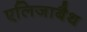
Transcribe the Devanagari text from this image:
एलिजाबैथ